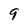
Character: 9